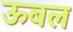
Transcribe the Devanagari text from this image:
ऊबल